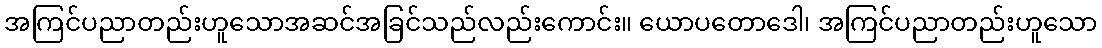
အကြင်ပညာတည်းဟူသောအဆင်အခြင်သည်လည်းကောင်း။ ယောပတောဒေါ၊ အကြင်ပညာတည်းဟူသော